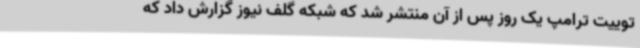
توییت ترامپ یک روز پس از آن منتشر شد که شبکه گلف نیوز گزارش داد که